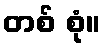
တစ် စုံ။